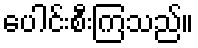
ပေါင်းစီးကြသည်။